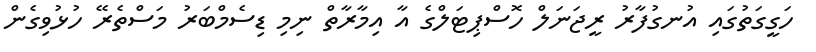
ހަގީގަތުގައި އުނގުފާރު ރީޖަނަލް ހޮސްޕިޓަލްގެ އާ އިމާރާތް ނިމި ޑިސެމްބަރު މަސްތެރޭ ހުޅުވިގެން